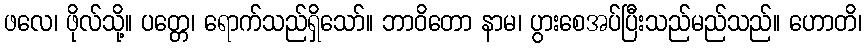
ဖလေ၊ ဖိုလ်သို့။ ပတ္တေ၊ ရောက်သည်ရှိသော်။ ဘာဝိတော နာမ၊ ပွားစေအပ်ပြီးသည်မည်သည်။ ဟောတိ၊